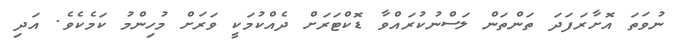
ނުވަތަ އޮށާރަފަދަ ތަންތަން ލަސްނުކުރައްވާ ޑޮކްޓަރަށް ދެއްކުމަކީ ވަރަށް މުހިންމު ކަމެކެވެ. އަދި